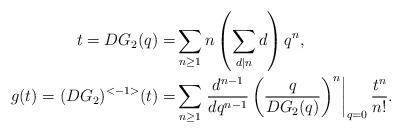
LaTeX: \begin{align*} t = DG_2(q) =& \sum_{n \ge 1} n \left(\sum_{d|n} d\right) q^n, \\ g(t) = (DG_2)^{<-1>}(t) =& \sum_{n \ge 1} \left. \frac{d^{n-1}}{dq^{n-1}} \left( \frac{q}{DG_2(q)} \right)^n \right|_{q=0} \frac{t^n}{n!}.\end{align*}